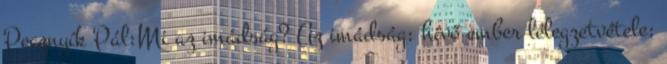
Pecznyík Pál:Mi az imádság? Az imádság: hívő ember lélegzetvétele;